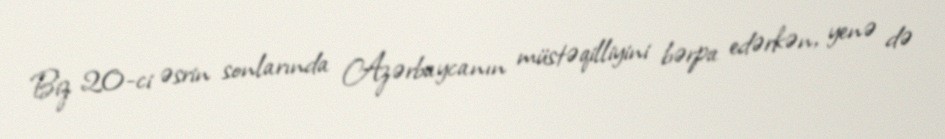
Biz 20-ci əsrin sonlarında Azərbaycanın müstəqilliyini bərpa edərkən, yenə də